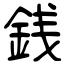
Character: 銭